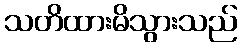
သတိထားမိသွားသည်